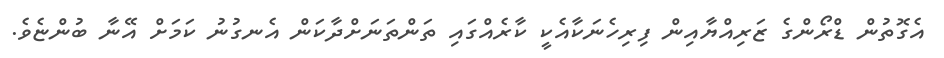
އެގޮތުން ޑްރޯންގެ ޒަރިއްޔާއިން ފިރިހެނަކާއެކީ ކާރެއްގައި ތަންތަނަށްދާކަން އެނގުނު ކަމަށް އޭނާ ބުންޏެވެ.